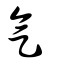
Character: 气